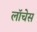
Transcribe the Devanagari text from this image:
लॉचेस